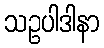
သဥပါဒါနာ